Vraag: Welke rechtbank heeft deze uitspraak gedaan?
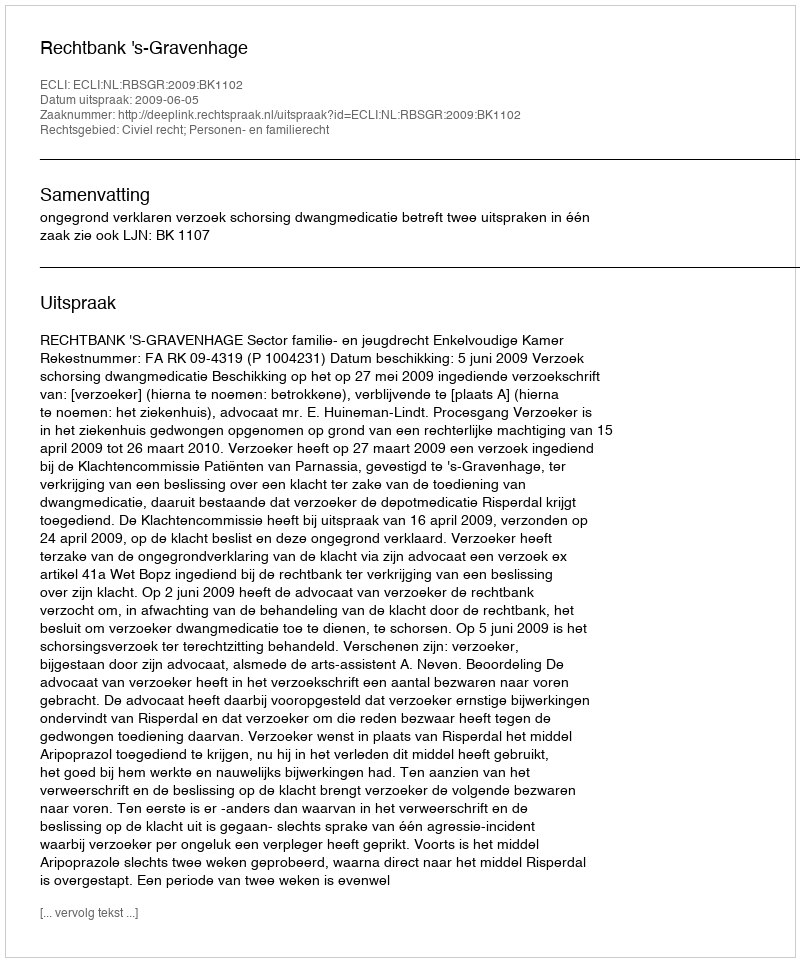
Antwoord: Rechtbank 's-Gravenhage